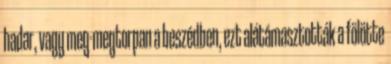
hadar, vagy meg-megtorpan a beszédben, ezt alátámasztották a fölötte